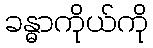
ခန္ဓာကိုယ်ကို